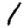
Digit: 1